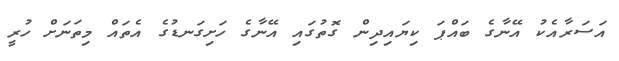
އަސަރާއެކު އޭނާގެ ބައްޕަ ކިޔައިދިން ގޮތުގައި އޭނާގެ ހަށިގަނޑުގެ އެތައް މިތަނަށް ހުރީ